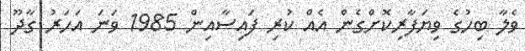
ވެލާ ބިހުގެ ވިޔަފާރިކޮށްގެން އެއް ކުރި ފައިސާއިން 1985 ވަނަ އަހަރު ގާދޫ